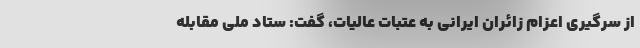
از سرگیری اعزام زائران ایرانی به عتبات عالیات، گفت: ستاد ملی مقابله